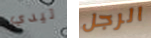
تيدي الرجل